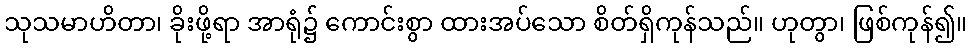
သုသမာဟိတာ၊ ခိုးဖို့ရာ အာရုံ၌ ကောင်းစွာ ထားအပ်သော စိတ်ရှိကုန်သည်။ ဟုတွာ၊ ဖြစ်ကုန်၍။